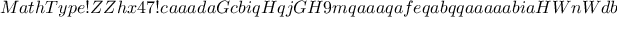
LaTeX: M a t h T y p e ! Z Z h x 4 7 ! c a a a d a G c b i q H q j G H 9 m q a a a q a f e q a b q q a a a a a b i a H W n W d b a W c b i a I W a